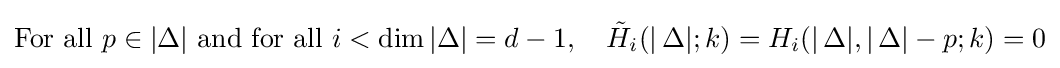
{\text{For all }}p\in |\Delta |{\text{ and for all }}i<\dim |\Delta |=d-1,\quad {\tilde {H}}_{i}(\operatorname {|} \Delta |;k)=H_{i}(\operatorname {|} \Delta |,\operatorname {|} \Delta |-p;k)=0